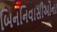
બિનનિવાસીઓના